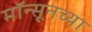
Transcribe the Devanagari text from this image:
मॉन्सूनच्या